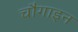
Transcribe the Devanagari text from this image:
चौगाइन